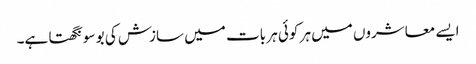
ایسے معاشروں میں ہر کوئی ہر بات میں سازش کی بو سونگھتا ہے۔